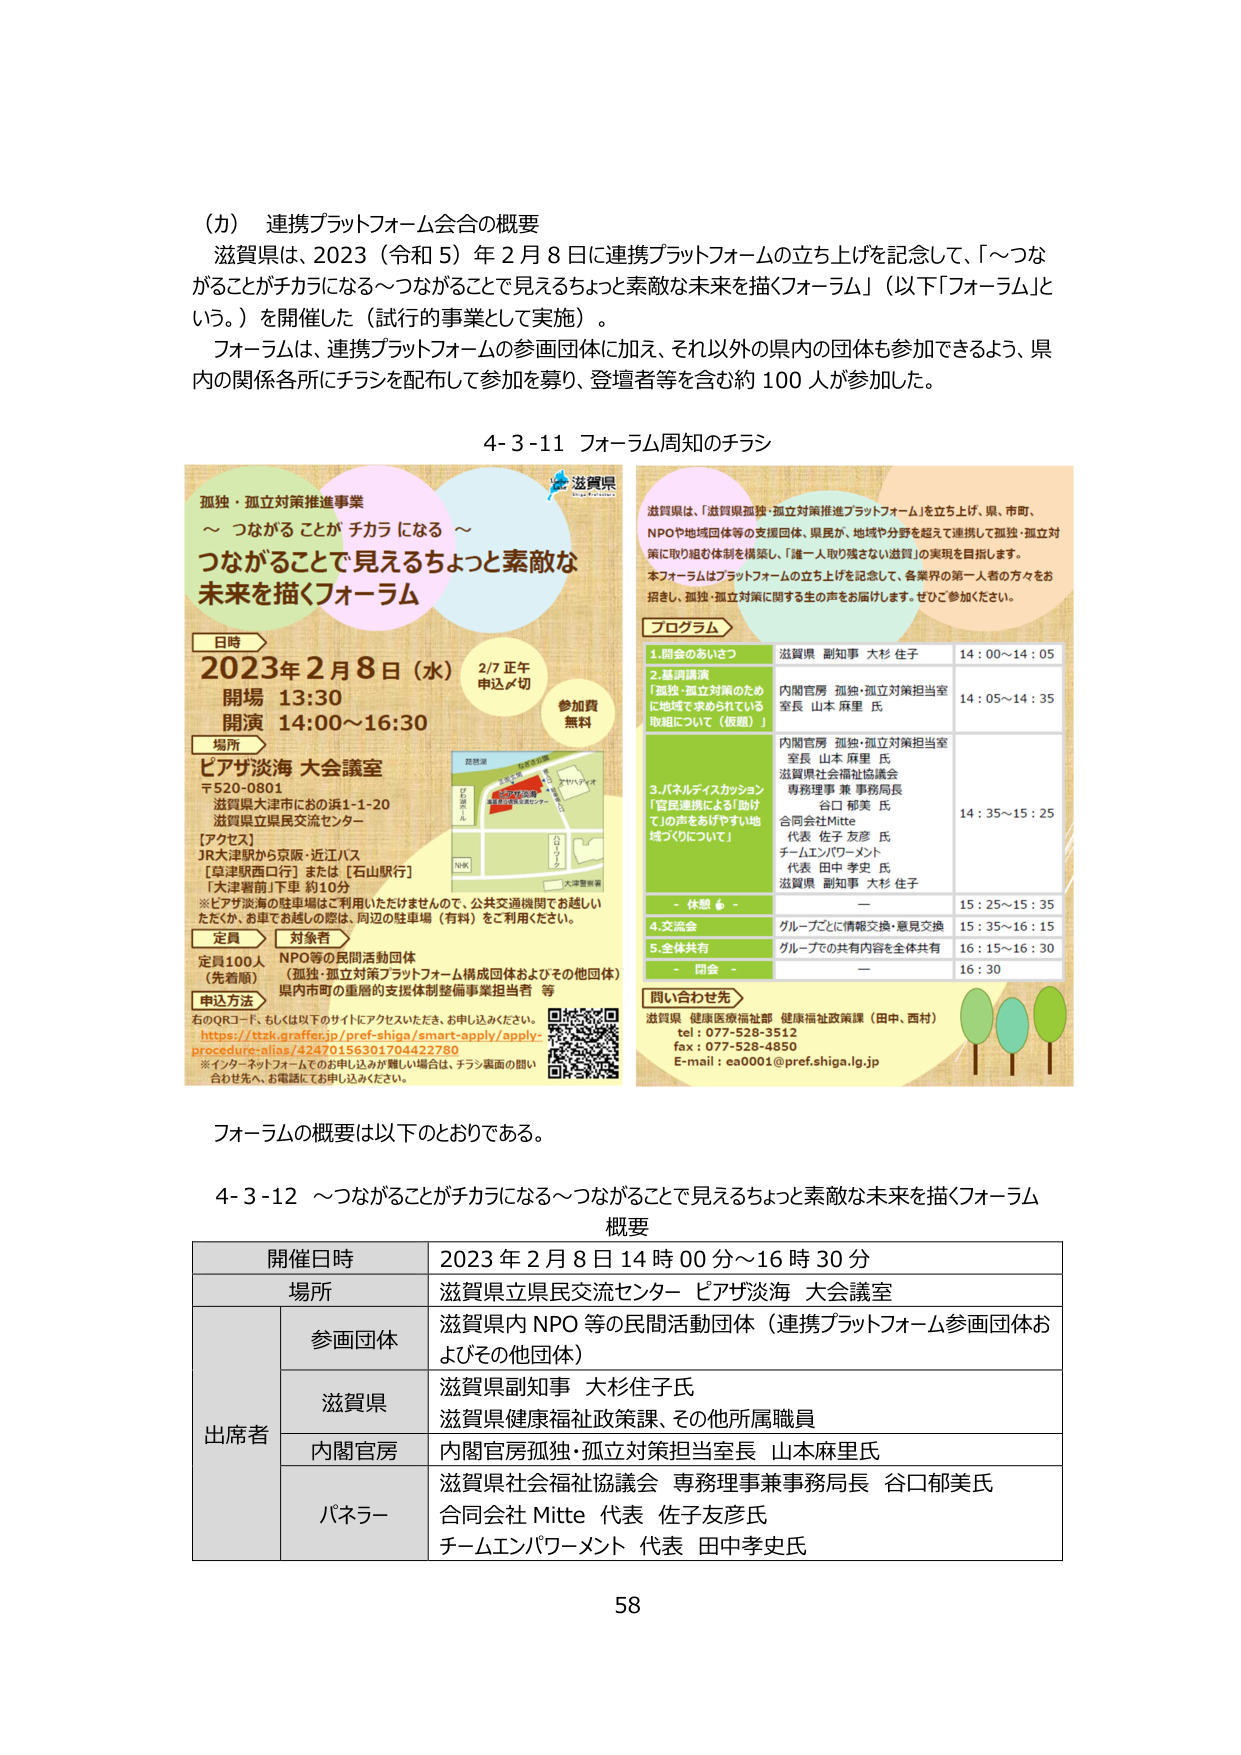
（カ） 連携プラットフォーム会合の概要
滋賀県は、2023（令和５）年２月８日に連携プラットフォームの立ち上げを記念して、「～つながることがチカラになる～つながることで見えるちょっと素敵な未来を描くフォーラム」（以下「フォーラム」という。）を開催した（試行の事業として実施）。
フォーラムは、連携プラットフォームの参画団体に加え、それ以外の県内の団体も参加できるよう、県内の関係各所にチラシを配布して参加を募り、登壇者等を含む約100人が参加した。

4-3-11 フォーラム周知のチラシ

孤独・孤立対策推進事業
～ つながることがチカラになる ～
つながることで見えるちょっと素敵な
未来を描くフォーラム

日時
2023年2月8日（水）
2/7 正午
申込〆切
開場 13:30
開演 14:00～16:30
参加費
無料

場所
ピアザ淡海 大会議室
〒520-0801
滋賀県大津市にあい浜1-1-20
滋賀県立県民交流センター
【アクセス】
JR大津駅から京阪・近江バス
「草津駅西口行」または「石山駅行」
「大津署前」下車 約10分
※ピアザ淡海の駐車場はご利用いただけませんので、公共交通機関でお越しいただくか、お車でお越しの際は、周辺の駐車場（有料）をご利用ください。

定員
定員100人
（先着順）
対象者
NPO等の民間活動団体
（孤独・孤立対策プラットフォーム構成団体およびその他団体）
県内市町の重層的支援体制整備事業担当者 等

申込方法
右のQRコード、もしくは以下のサイトにアクセスいただき、お申し込みください。
https://tszk.graffer.jp/pref-shiga/smart-apply/apply-procedure-alias/42470156301704422780
※インターネットフォームでのお申し込みが難しい場合は、チラシ裏面の問い合わせ先へ、お電話にてお申し込みください。

滋賀県
滋賀県は、「滋賀県孤独・孤立対策推進プラットフォーム」を立ち上げ、県、市町、NPOや地域団体等の支援団体、県民が、地域や分野を越えて連携して孤独・孤立対策に取り組む体制を構築し、「誰一人取り残さない滋賀」の実現を目指します。
本フォーラムはプラットフォームの立ち上げを記念して、各業界の第一人者の方々をお招きし、孤独・孤立対策に関する生の声をお届けします。ぜひご参加ください。

プログラム
1. 開会のあいさつ
滋賀県 副知事 大杉 佳子
14:00～14:05

2. 基調講演
「孤独・孤立対策のため
に地域で求められている
取組について（仮題）」
内閣官房 孤独・孤立対策担当室
室長 山本 麻里 氏
14:05～14:35

3. パネルディスカッション
「官民連携による「助け
て」の声をあげやすい地
域づくりについて」
内閣官房 孤独・孤立対策担当室
室長 山本 麻里 氏
滋賀県社会福祉協議会
専務理事 兼 事務局長
谷口 郁美 氏
合同会社 Mitte
代表 佐子 友彦 氏
チームエンパワーメント
代表 田中 孝史 氏
滋賀県 副知事 大杉 佳子
14:35～15:25

- 休憩 -
-
15:25～15:35

4. 交流会
グループごとに情報交換・意見交換
15:35～16:15

5. 全体共有
グループでの共有内容を全体共有
16:15～16:30

- 閉会 -
-
16:30

問い合わせ先
滋賀県 健康医療福祉部 健康福祉政策課（田中、西村）
tel：077-528-3512
fax：077-528-4850
E-mail：ea0001@pref.shiga.lg.jp

フォーラムの概要は以下のとおりである。

4-3-12 ～つながることがチカラになる～つながることで見えるちょっと素敵な未来を描くフォーラム
概要

| 開催日時 | 2023年2月8日14時00分～16時30分 |
|----------|----------------------------------|
| 場所     | 滋賀県立県民交流センター ピアザ淡海 大会議室 |
| 出席者   | 参画団体 | 滋賀県内NPO等の民間活動団体（連携プラットフォーム参画団体およびその他団体） |
|          | 滋賀県 | 滋賀県副知事 大杉佳子氏<br>滋賀県健康福祉政策課、その他所属職員 |
|          | 内閣官房 | 内閣官房孤独・孤立対策担当室長 山本麻里氏 |
|          | パネラー | 滋賀県社会福祉協議会 専務理事兼事務局長 谷口郁美氏<br>合同会社 Mitte 代表 佐子友彦氏<br>チームエンパワーメント 代表 田中孝史氏 |

58